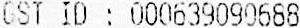
GST ID : 000639090688